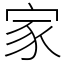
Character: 家